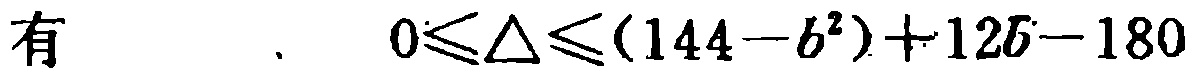
有\(0\leqslant\Delta\leqslant(144 - b^{2})+12b - 180\)